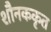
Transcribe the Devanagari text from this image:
शौनककृत